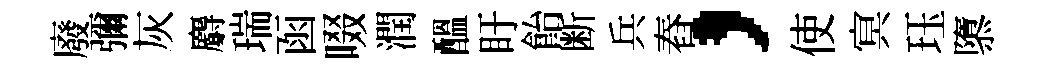
廢彌灰麝瑞函啜潤醖盱飴断兵舂，使㝠珏隳